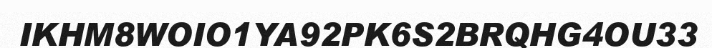
IKHM8WOIO1YA92PK6S2BRQHG4OU33